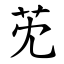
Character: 䒞